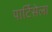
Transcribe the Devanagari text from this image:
पार्टिसेला